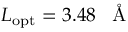
L _ { \mathrm { o p t } } = 3 . 4 8 \, \mathrm { ~ \normalfont ~ \AA ~ }